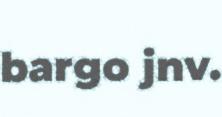
bargo jnv.